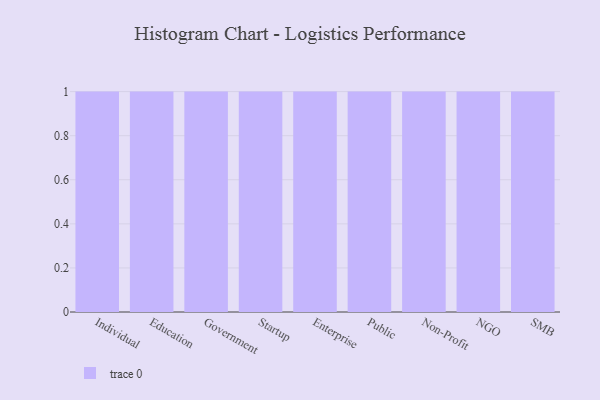
{"axis": {"x": "Segment", "y": "Headcount"}, "legend": [""], "data": [{"x": "Individual", "y": 54, "type": ""}, {"x": "Education", "y": 80, "type": ""}, {"x": "Government", "y": 99, "type": ""}, {"x": "Startup", "y": 85, "type": ""}, {"x": "Enterprise", "y": 88, "type": ""}, {"x": "Public", "y": 40, "type": ""}, {"x": "Non-Profit", "y": 82, "type": ""}, {"x": "NGO", "y": 46, "type": ""}, {"x": "SMB", "y": 36, "type": ""}]}